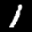
Label: 1